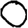
Digit: 0